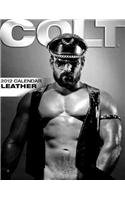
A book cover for Colt Leather Calendar; Calendars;